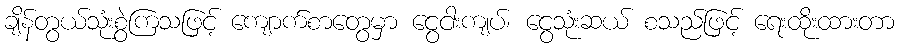
ချိန်တွယ်သုံးစွဲကြသဖြင့် ကျောက်စာတွေမှာ ငွေငါးကျပ်၊ ငွေသုံးဆယ် စသည်ဖြင့် ရေးထိုးထားတာ